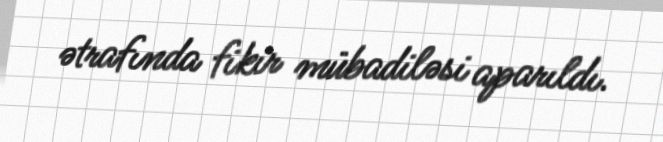
ətrafında fikir mübadiləsi aparıldı.